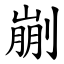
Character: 剻